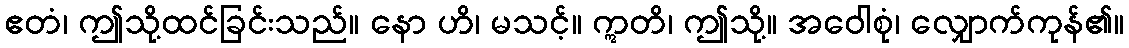
ဧတံ၊ ဤသို့ထင်ခြင်းသည်။ နော ဟိ၊ မသင့်။ ဣတိ၊ ဤသို့။ အဝေါစုံ၊ လျှောက်ကုန်၏။